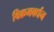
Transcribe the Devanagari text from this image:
विक्रमवर्धन